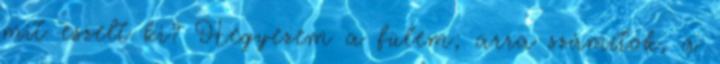
mit eszelt ki? Hegyezem a fülem; arra számítok, a